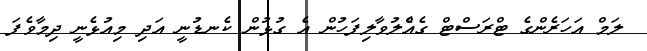
ލަމް އަހަރެންގެ ޓްރަސްޓް ގެއެްލުވާލިފަހުން އެ ގުޅުން ކެނޑުނީ އަދި މިއުޅެނީ ދިމާާވެފަ